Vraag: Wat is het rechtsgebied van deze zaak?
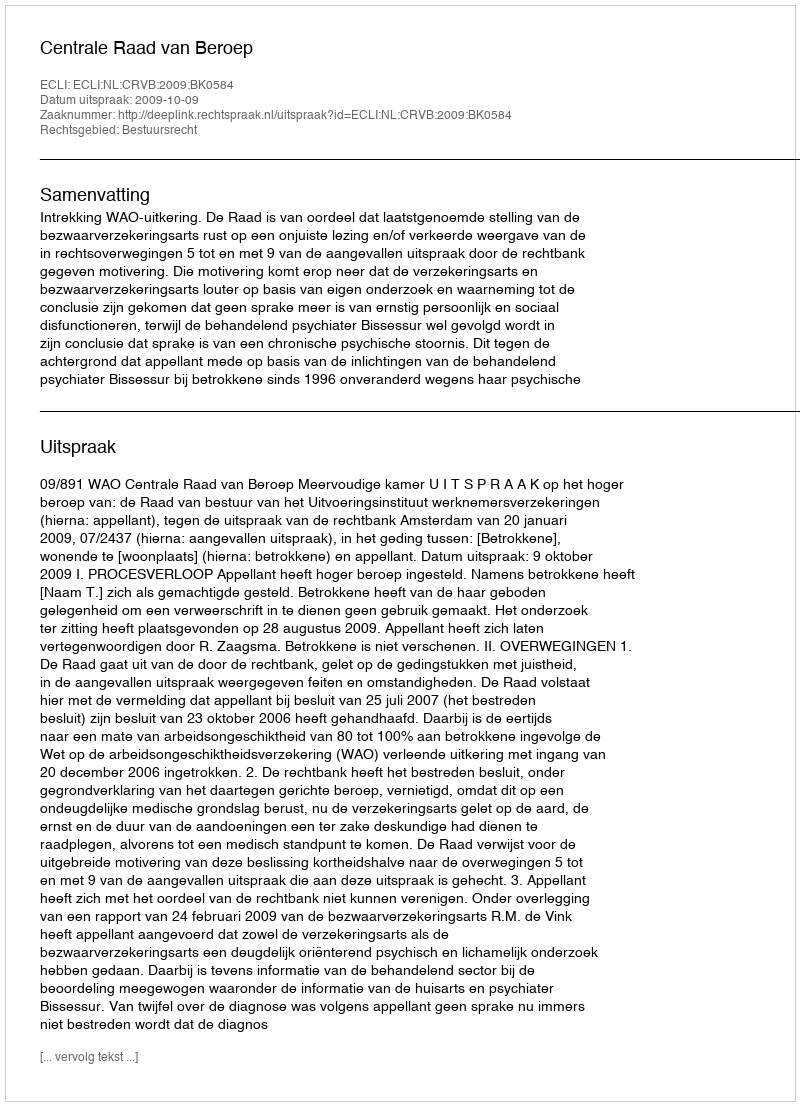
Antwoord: Bestuursrecht